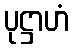
ပုဋ္ဌာဟံ